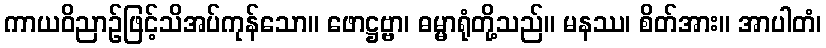
ကာယဝိညာဉ်ဖြင့်သိအပ်ကုန်သော။ ဖောဋ္ဌဗ္ဗာ၊ ဓမ္မာရုံတို့သည်။ မနဿ၊ စိတ်အား။ အာပါတံ၊